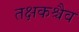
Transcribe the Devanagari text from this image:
तक्षकश्चैव